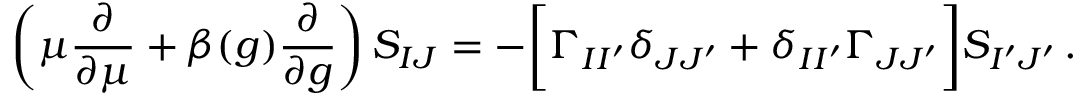
\bigg ( \mu { \frac { \partial } { \partial \mu } } + \beta ( g ) { \frac { \partial } { \partial g } } \bigg ) \, S _ { I J } = - \bigg [ \Gamma _ { I I ^ { \prime } } \delta _ { J J ^ { \prime } } + \delta _ { I I ^ { \prime } } \Gamma _ { J J ^ { \prime } } \bigg ] S _ { I ^ { \prime } J ^ { \prime } } \, .